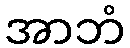
အာဘံ